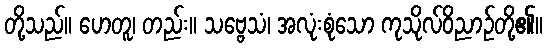
တို့သည်။ ဟေတူ၊ တည်း။ သဗ္ဗေသံ၊ အလုံးစုံသော ကုသိုလ်ဝိညာဉ်တို့၏။